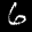
Label: 6